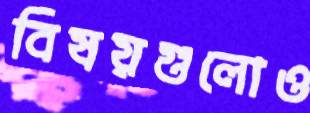
বিষয়গুলোও